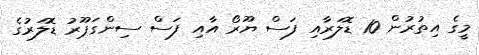
މީގެ އިތުރުން 10 ޑޮލަރާއި ފަސް ޔޫރޯ އާއި ފަސް ސިންގަޕޫރު ޑޮލަރުގެ